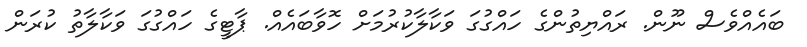
ބައެއްވެސް ނޫން. ރައްޔިތުންގެ ހައްގުގަ ވަކާލާކުރުމަށް ހޮވާބައެއް. ޕާޓީގެ ހައްގުގަ ވަކާލާތު ކުރަން